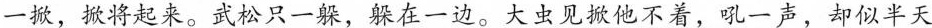
一掀，掀将起来。武松只一躲，躲在一边。大虫见掀他不着，吼一声，却似半天